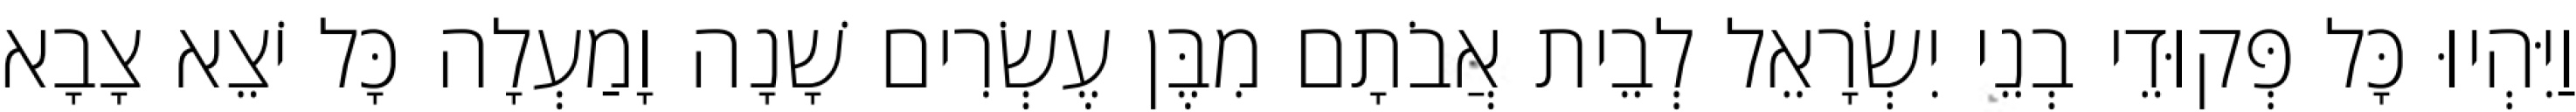
וַיִּהְיוּ כָּל פְּקוּדֵי בְנֵי יִשְׂרָאֵל לְבֵית אֲבֹתָם מִבֶּן עֶשְׂרִים שָׁנָה וָמַעְלָה כָּל יֹצֵא צָבָא